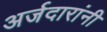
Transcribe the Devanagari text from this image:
अर्जदारांनी